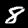
Digit: 8